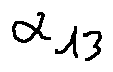
\alpha _ { 1 3 }